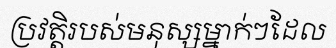
ប្រវត្តិរបស់មនុស្សម្នាក់ៗដែល